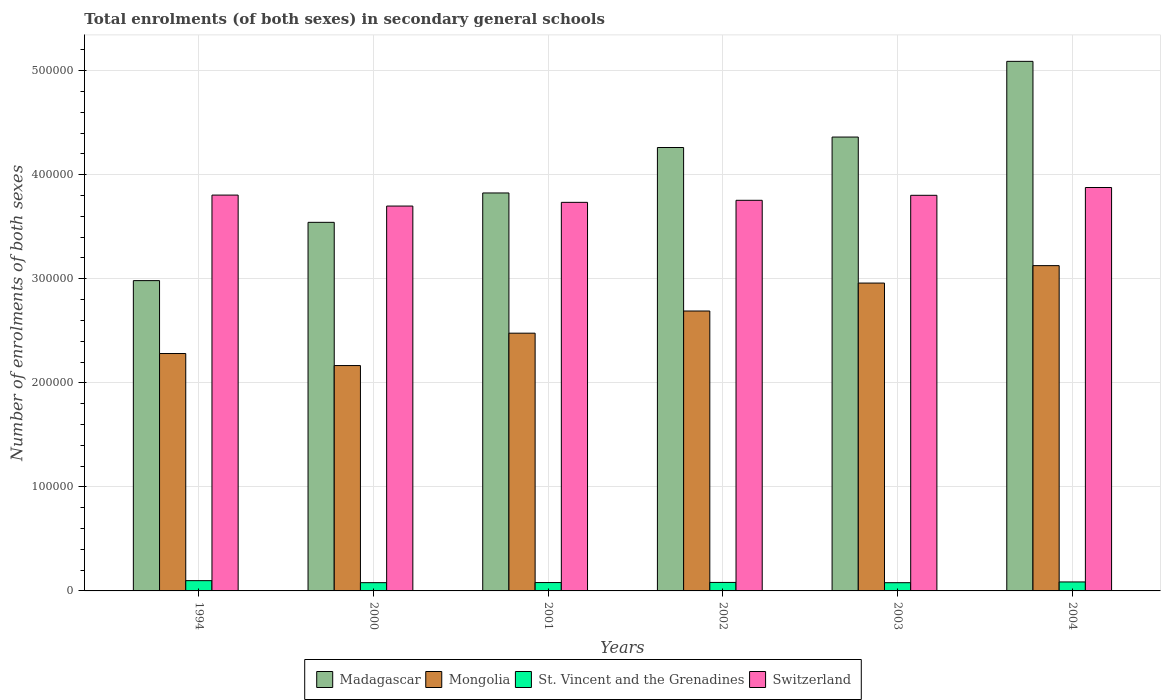
| Years | Madagascar | Mongolia | St. Vincent and the Grenadines | Switzerland |
 | --- | --- | --- | --- | --- |
 | 1994 | 2.98e+05 | 2.28e+05 | 9.87e+03 | 3.8e+05 |
 | 2000 | 3.54e+05 | 2.17e+05 | 7.94e+03 | 3.7e+05 |
 | 2001 | 3.82e+05 | 2.48e+05 | 8.04e+03 | 3.73e+05 |
 | 2002 | 4.26e+05 | 2.69e+05 | 8.16e+03 | 3.75e+05 |
 | 2003 | 4.36e+05 | 2.96e+05 | 7.91e+03 | 3.8e+05 |
 | 2004 | 5.09e+05 | 3.13e+05 | 8.63e+03 | 3.88e+05 |